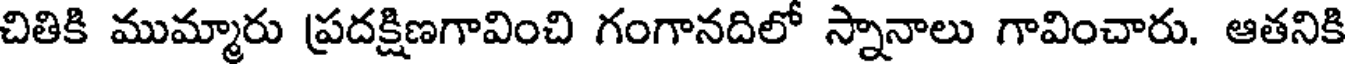
చితికి ముమ్మారు ప్రదక్షిణగావించి గంగానదిలో స్నానాలు గావించారు. ఆతనికి